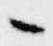
々